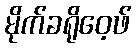
မိုက်ခရိုဝေ့ဖ်